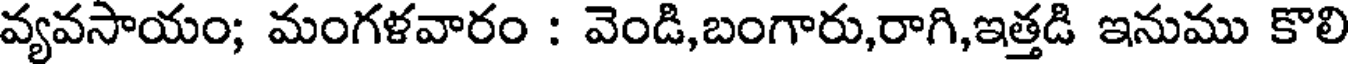
వ్యవసాయం; మంగళవారం : వెండి,బంగారు,రాగి,ఇత్తడి ఇనుము కొలి